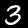
Digit: 3